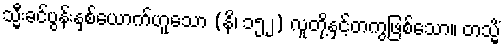
သ္မီးခင်ပွန်းနှစ်ယောက်ဟူသော (နိ၊ ၁၅၂) လူတို့နှင့်တကွဖြစ်သော။ တသ္မိံ